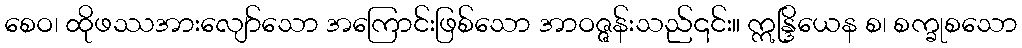
စေဝ၊ ထိုဖဿအားလျော်သော အကြောင်းဖြစ်သော အာဝဇ္ဇန်းသည်၎င်း။ ဣန္ဒြိယေန စ၊ စက္ခုစသော